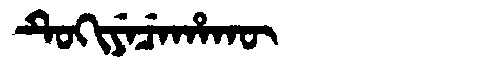
Manchu: ᡨᡠᡴᡳᠶᡝᠴᡝᡥᠠᡴᡡ
Romanization: TUKIYECEHAKŪ